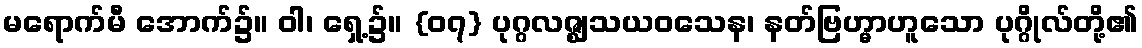
မရောက်မီ အောက်၌။ ဝါ၊ ရှေ့၌။ {၀၇} ပုဂ္ဂလဇ္ဈသယဝသေန၊ နတ်ဗြဟ္မာဟူသော ပုဂ္ဂိုလ်တို့၏